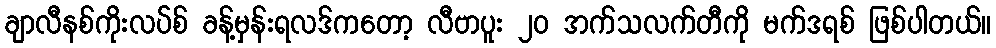
ချာလီနစ်ကိုးလပ်စ် ခန့်မှန်းရလဒ်ကတော့ လီဗာပူး ၂၀ အက်သလက်တီကို မက်ဒရစ် ဖြစ်ပါတယ်။